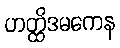
ဟတ္ထိဒမကေန